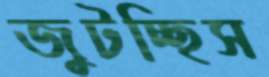
জুটচ্ছিস